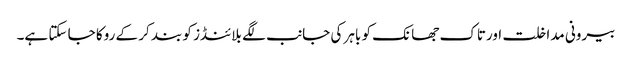
بیرونی مداخلت اورتاک جھانک کو باہر کی جانب لگے بلائنڈز کو بند کر کے روکا جا سکتا ہے۔